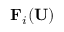
{ \bf F } _ { i } ( { \bf U } )